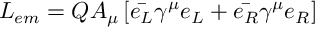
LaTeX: { \cal { L } } _ { e m } = Q A _ { \mu } \left[ \bar { e _ { L } } \gamma ^ { \mu } e _ { L } + \bar { e _ { R } } \gamma ^ { \mu } e _ { R } \right]